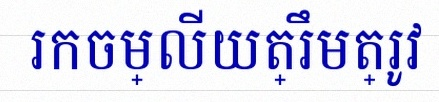
រកចម្លើយត្រឹមត្រូវ